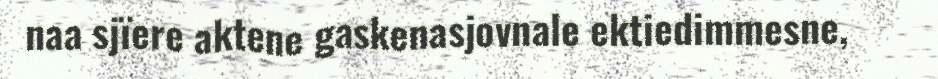
naa sjïere aktene gaskenasjovnale ektiedimmesne,